Annual report on the working of the Harcourt Butler Institute of Public Health, Rangoon
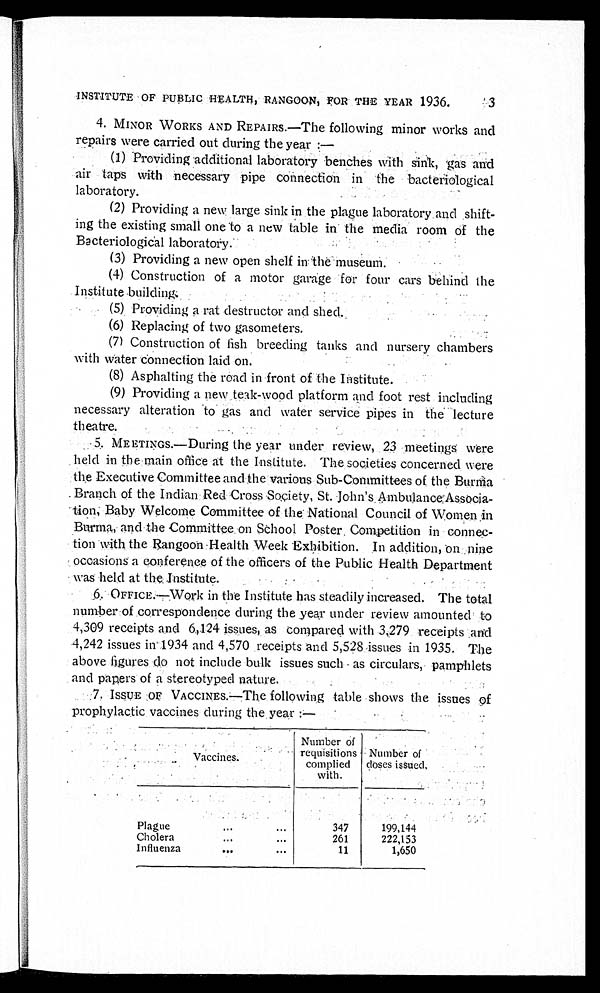
INSTITUTE OF PUBLIC HEALTH, RANGOON, FOR THE YEAR 1936.
4. MINOR WORKS AND REPAIRS.—The following minor works and
repairs were carried out during the year :—
(1) Providing additional laboratory benches with sink, gas and
air taps with necessary pipe connection in the bacteriological
laboratory.
(2) Providing a new large sink in the plague laboratory and shift
-ing the existing small one to a new table in the media room of the
Bacteriological laboratory.
(3) Providing a new open shelf in the museum.
(4) Construction of a motor garage for four cars behind the
Institute building.
(5) Providing a rat destructor and shed.
(6) Replacing of two gasometers.
(7) Construction of fish breeding tanks and nursery chambers
with water connection laid on.
(8) Asphalting the road in front of the Institute.
(9) Providing a new teak-wood platform and foot rest including
necessary alteration to gas and water service pipes in the lecture
theatre.
5. MEETINGS.—During the year under review, 23 meetings were
held in the main office at the Institute. The societies concerned were
the Executive Committee and the various Sub-Committees of the Burma
Branch of the Indian Red Cross Society, St. John's.Ambulance Associa
-tion, Baby Welcome Committee of the National Council of Women in
Burma, and the Committee on School Poster, Competition in connec
-tion with the Rangoon Health Week Exhibition. In addition, on nine
occasions a conference of the officers of the Public Health Department
was held at the Institute.
6. OFFICE.—Work in the Institute has steadily increased. The total
number of correspondence during the year under review amounted to
4,309 receipts and 6,124 issues, as compared with 3,279 receipts and
4,242 issues in 1934 and 4,570 receipts and 5,528 issues in 1935. The
above figures do not include bulk issues such as circulars, pamphlets
and papers of a stereotyped nature.
7. ISSUE OF VACCINES.—The following table shows the issues of
prophylactic vaccines during the year :—
Vaccines.
Number of
requisitions
complied
with.
Number of
doses issued.
Plague . . .
3 4 7
199,144
Cholera. . .
2 6 1
222,153
Influenza . . .
11
1,650
3